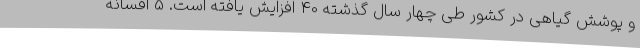
و پوشش گیاهی در کشور طی چهار سال گذشته 40 افزایش یافته است. 5 افسانه